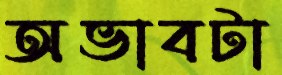
অভাবটা